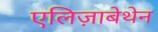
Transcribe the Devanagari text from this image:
एलिज़ाबेथेन